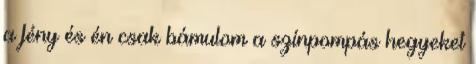
a fény és én csak bámulom a színpompás hegyeket